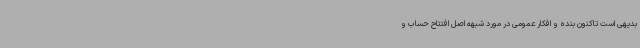
بدیهی است تاکنون بنده و افکار عمومی در مورد شبهه اصل افتتاح حساب و